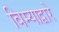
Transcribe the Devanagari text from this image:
विम्याद्वारे